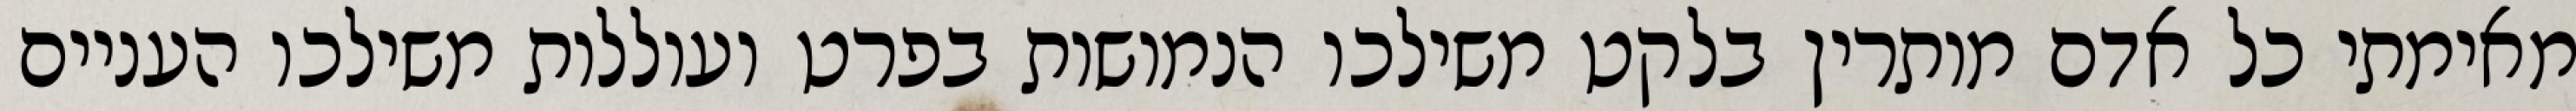
מאימתי כל אדם מותרין בלקט משילכו הנמושות בפרט ועוללות משילכו העניים